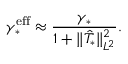
\gamma _ { * } ^ { \mathrm { e f f } } \approx \frac { \gamma _ { * } } { 1 + \Vert \hat { T } _ { * } \Vert _ { L ^ { 2 } } ^ { 2 } } .